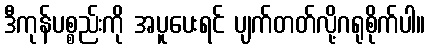
ဒီကုန်ပစ္စည်းကို အပူပေးရင် ပျက်တတ်လို့ဂရုစိုက်ပါ။